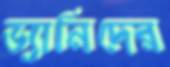
ড্যানিদের